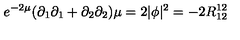
e ^ { - 2 \mu } ( \partial _ { 1 } \partial _ { 1 } + \partial _ { 2 } \partial _ { 2 } ) \mu = 2 | \phi | ^ { 2 } = - 2 R _ { 1 2 } ^ { 1 2 }